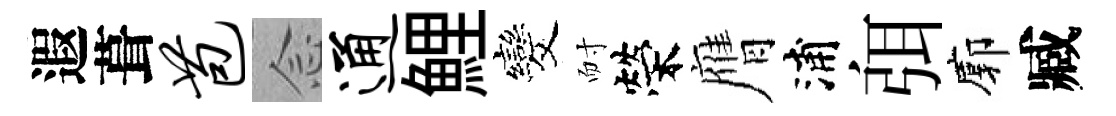
遐葺苞𫝹通鯉发耐榮膺浦弭廓臧